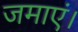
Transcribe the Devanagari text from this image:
जमाएं।